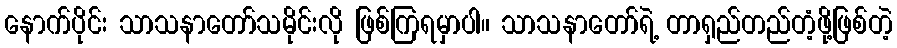
နောက်ပိုင်း သာသနာတော်သမိုင်းလို ဖြစ်ကြရမှာပါ။ သာသနာတော်ရဲ့ တာရှည်တည်တံ့ဖို့ဖြစ်တဲ့